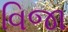
વિજા